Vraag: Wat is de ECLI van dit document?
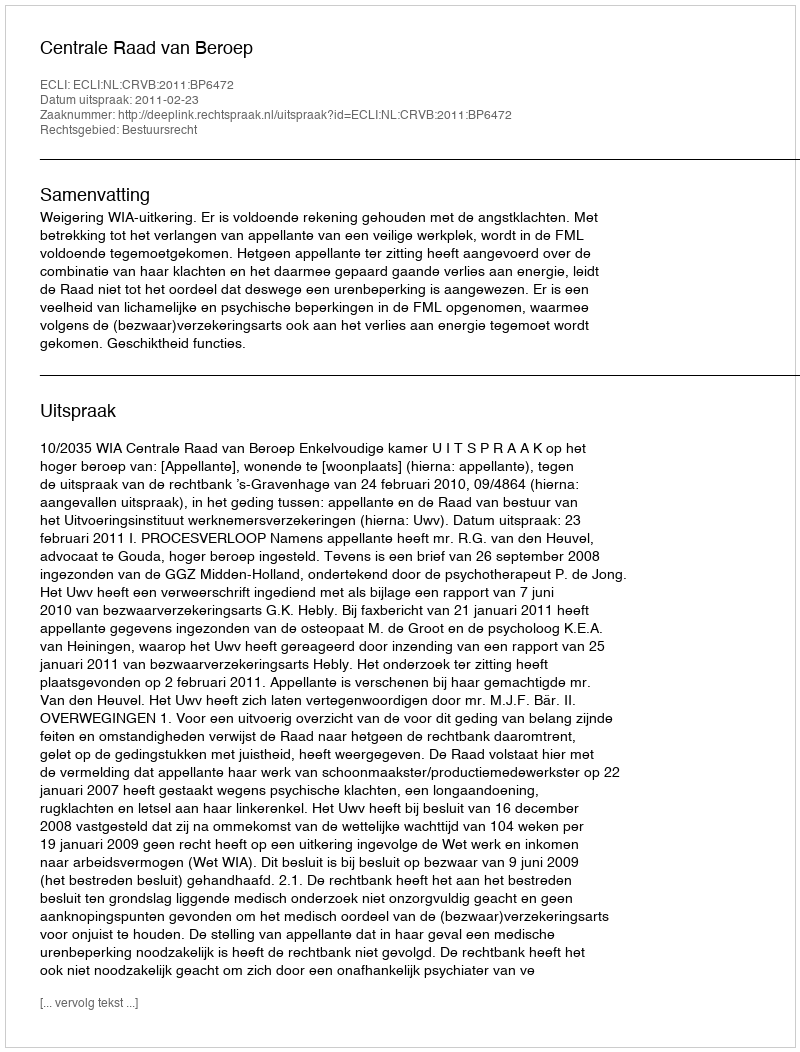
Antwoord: ECLI:NL:CRVB:2011:BP6472